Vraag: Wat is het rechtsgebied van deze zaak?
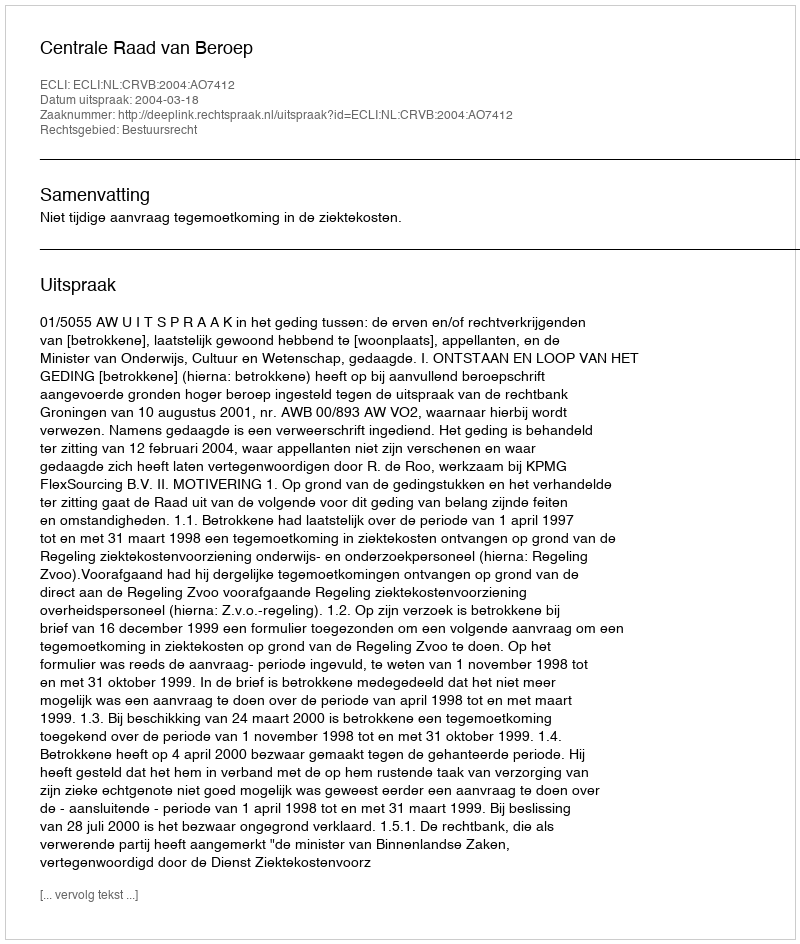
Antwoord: Bestuursrecht